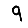
Digit: 9